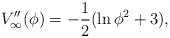
\begin{align*}V_{\infty}^{\prime\prime}(\phi)=-\frac{1}{2}(\ln\phi^2+3),\end{align*}